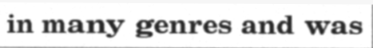
in many genres and was